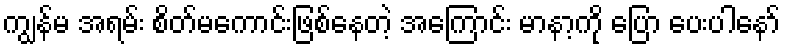
ကျွန်မ အရမ်း စိတ်မကောင်းဖြစ်နေတဲ့ အကြောင်း မာနာ့ကို ပြော ပေးပါနော်